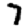
Digit: 7